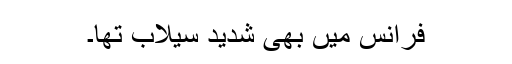
فرانس میں بھی شدید سیلاب تھا۔